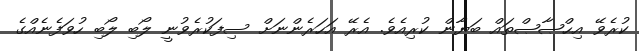
ކުރެވޭ އިޙްޞާޞްތައް ބަޔާން ކުރިއެވެ. އެރޭ އަހަރެންނަށް ސިފަކުރެވުނީ ލޯބި ލޯބި ހުވަފެނެއްގެ